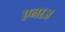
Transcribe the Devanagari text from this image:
एन६४